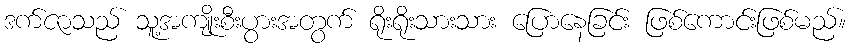
ဒက်ဇာသည် သူ့အကျိုးစီးပွားအတွက် ရိုးရိုးသားသား ပြောနေခြင်း ဖြစ်ကောင်းဖြစ်မည်။